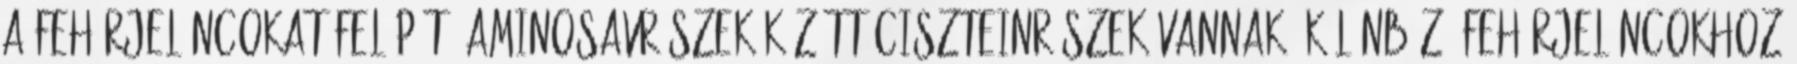
A fehérjeláncokat felépítő aminosavrészek között ciszteinrészek vannak. Különböző fehérjeláncokhoz